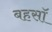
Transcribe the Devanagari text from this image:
बहसॉ